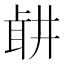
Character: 𦕡